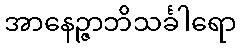
အာနေဉ္ဇာဘိသင်္ခါရော